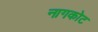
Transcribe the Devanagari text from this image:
नागकोट